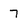
Character: 7